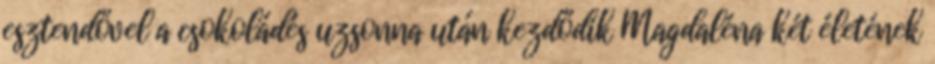
esztendővel a csokoládés uzsonna után kezdődik Magdaléna két életének